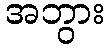
အဘွား